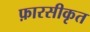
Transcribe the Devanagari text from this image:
फ़ारसीकृत